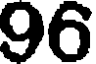
96